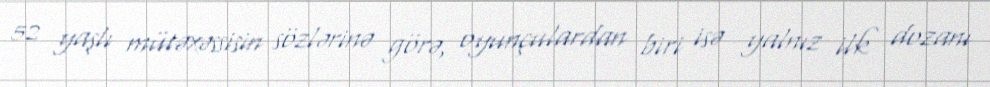
52 yaşlı mütəxəssisin sözlərinə görə, oyunçulardan biri isə yalnız ilk dozanı